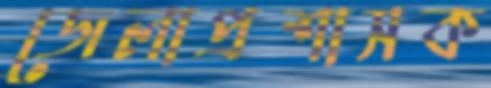
জেলাপ্রশাসক